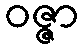
ဝဇ္ဇာ